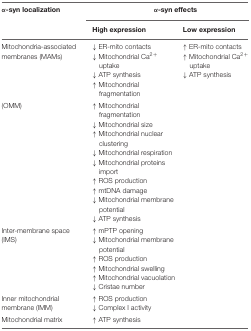
<table><thead><tr><td><b>α-syn localization</b></td><td colspan="2"><b>α-syn effects</b></td></tr><tr><td></td><td><b><i>High expression</i></b></td><td><b><i>Low expression</i></b></td></tr></thead><tbody><tr><td>Mitochondria-associated membranes (MAMs)</td><td>↓ ER-mito contacts↓ Mitochondrial Ca<sup>2+</sup> uptake↓ ATP synthesis↑ Mitochondrial fragmentation</td><td>↑ ER-mito contacts↑ Mitochondrial Ca<sup>2+</sup> uptake↓ ATP synthesis</td></tr><tr><td>(OMM)</td><td>↑ Mitochondrial fragmentation↓ Mitochondrial size↑ Mitochondrial nuclear clustering↓ Mitochondrial respiration↓ Mitochondrial proteins import↑ ROS production↑ mtDNA damage↓ Mitochondrial membrane potential↓ ATP synthesis</td></tr><tr><td>Inter-membrane space (IMS)</td><td>↑ mPTP opening↓ Mitochondrial membrane potential↑ ROS production↑ Mitochondrial swelling↑ Mitochondrial vacuolation↓ Cristae number</td></tr><tr><td>Inner mitochondrial membrane (IMM)</td><td>↑ ROS production↓ Complex I activity</td></tr><tr><td>Mitochondrial matrix</td><td>↑ ATP synthesis</td></tr></tbody></table>